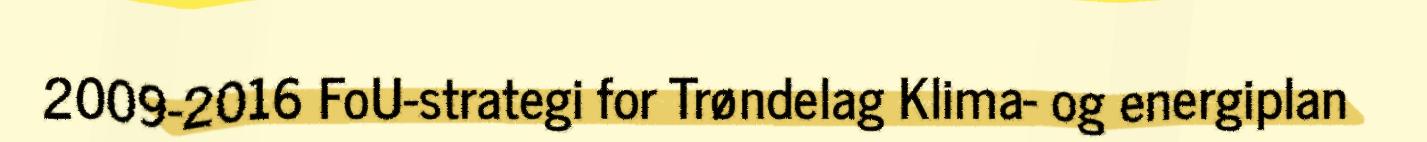
2009-2016 FoU-strategi for Trøndelag Klima- og energiplan